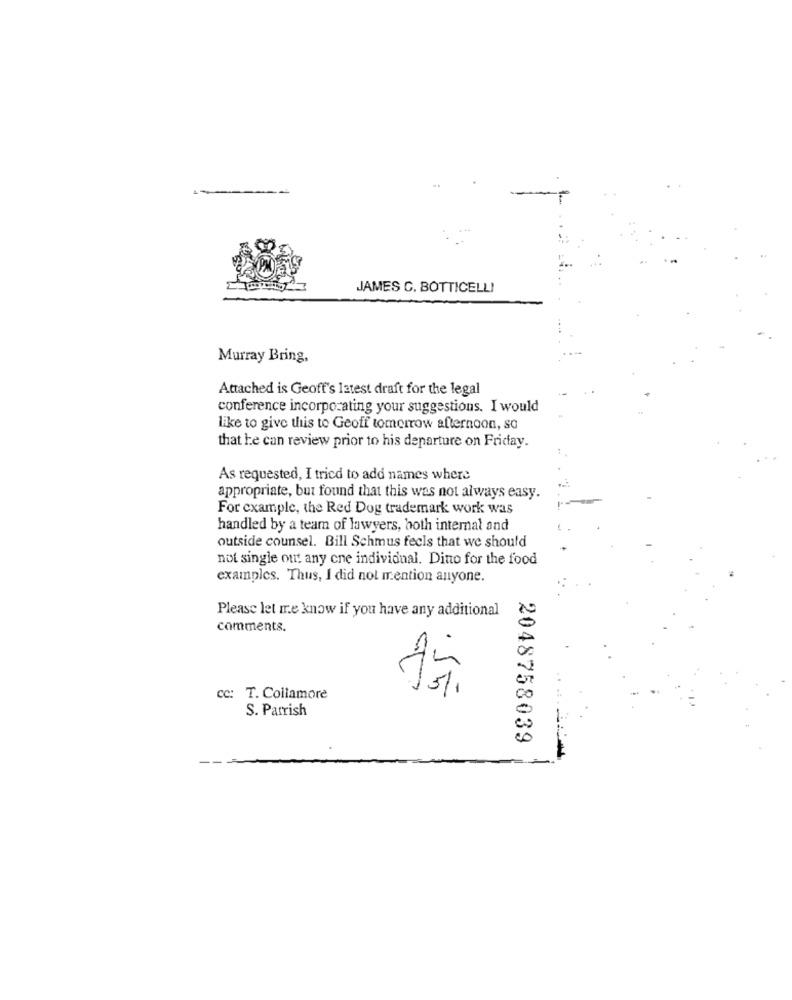
JAMES C. BOTTICELLI
Murray Bring,
Attached is Geoff's latest draft for the legal
conference incorporating your suggestions. I would
like to give this to Geoff tomorrow afternoon, so
that he can review prior to his departure on Friday.
As requested, I tried to add names where
appropriate, but found that this was not always easy.
For example, the Red Dog trademark work was
handled by a team of lawyers, both internal and
outside counsel. Bill Schmus feels that we should
not single out any cne individual. Dinto for the food
examples. Thus, I did not mention anyone.
Please let me know if you have any additional
comments.
. 55
cc: T. Collamore
S. Parrish
2048758039